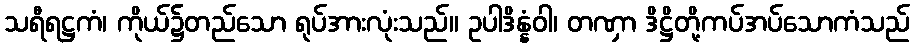
သရီရဋ္ဌကံ၊ ကိုယ်၌တည်သော ရုပ်အားလုံးသည်။ ဥပါဒိန္နံဝါ၊ တဏှာ ဒိဋ္ဌိတို့ကပ်အပ်သောကံသည်